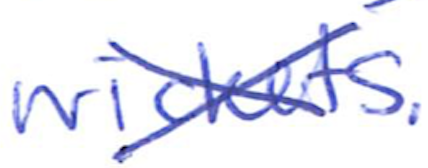
Text: wickets.
Cross-out: cross
Writing tool: ballpoint